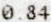
0.84